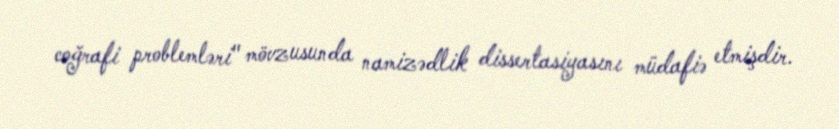
coğrafi problemləri" mövzusunda namizədlik dissertasiyasını müdafiə etmişdir.